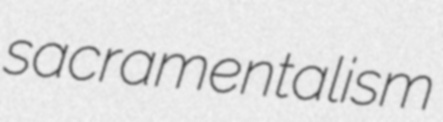
sacramentalism